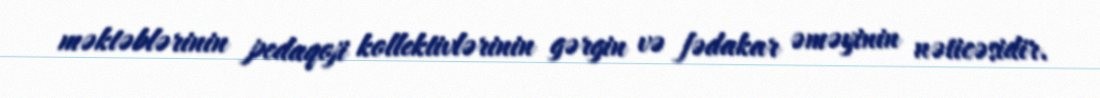
məktəblərinin pedaqoji kollektivlərinin gərgin və fədakar əməyinin nəticəsidir.